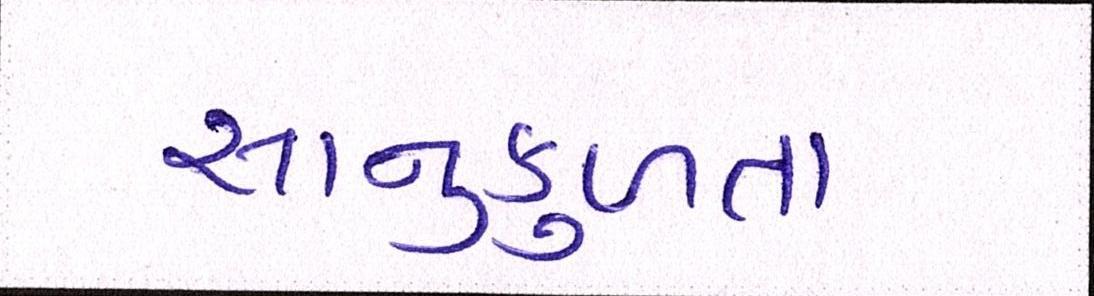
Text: સાનુકુળતા